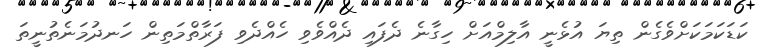
ކަޑަކަމަކަށްވެގެން ތިޔަ އުޅެނީ އާލިމްއަށް ހިގާނެ ދެފައި ދެއްވެވި ހެއްދެވި ފަރާތްމަތިން ހަނދުމަނެތުނީތަ